Annual administration report of the Bombay Presidency - 1887-1892
Year: 1887
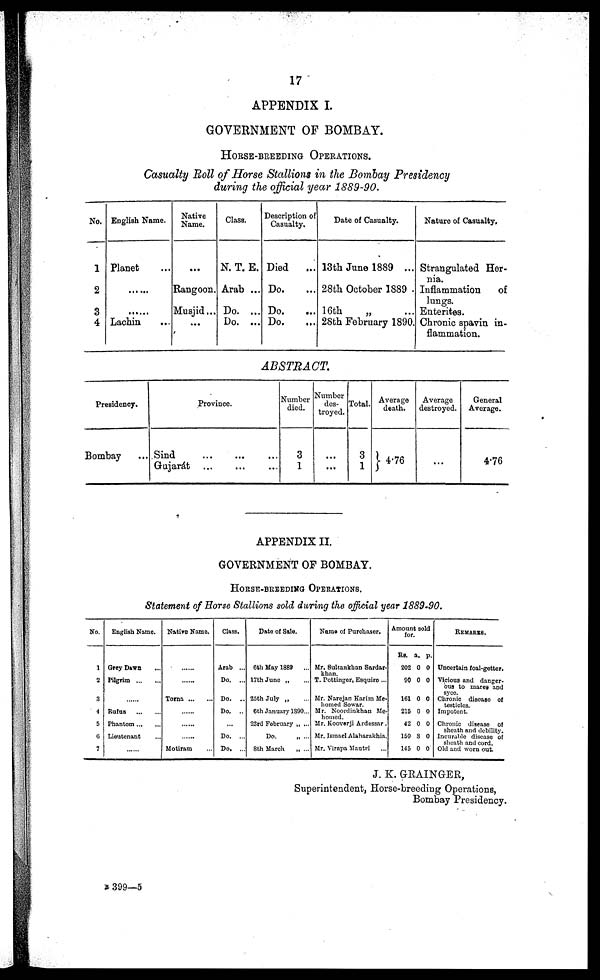
17
APPENDIX I.
GOVERNMENT OF BOMBAY.
HORSE-BREEDING OPERATIONS.
Casualty Roll of Horse Stallions in the Bombay Presidency
during the official year 1889-90.
No.
1
2
3
4
English Name.
Planet ...
... ...
......
Lachin ...
Native
Name.
...
Rangoon.
Musjid...
...
Class.
N. T. E.
Arab ...
Do. ...
Do. ...
Description of
Casualty.
Died ...
Do. ...
Do. ...
Do. ...
Date of Casualty.
13th June 1889 ...
28th October 1889 .
16th
„ ...
28th February 1890.
Nature of Casualty.
Strangulated Her-
nia.
Inflammation of
lungs.
Ententes.
Chronic spavin in-
flammation.
ABSTRACT.
Presidency.
Bombay ...
Province.
Sind
...
...
...
Gujarát ... ... ...
Number
died.
3
1
Number
des-
troyed.
...
...
Total.
3
1
Average
death.
4.76
Average
destroyed.
...
...
General
Average.
4.76
APPENDIX II.
GOVERNMENT OF BOMBAY.
HORSE-BREEDING OPERATIONS.
Statement of Horse Stallions sold during the official year 1889-90.
No.
1
2
3
4
5
6
7
English Name.
Grey Dawn ...
Pilgrim ... ...
......
Rufus ... ...
Phantom...
...
Lieutenant ...
......
Native Name.
......
......
Torna ... ...
......
.......
......
Motiram ...
Class.
Arab ...
Do. ...
Do. ..
Do. ..
...
Do. ...
Do. ...
Date of Sale.
6th May 1889 ...
17th June „ ...
25th July „ ...
6th January 1890...
23rd February „ ...
Do.
„
...
8th March
„ ...
Name of Purchaser.
Mr. Sultankhan Sardar-
T. Pottinger, Esquire ...
Mr. Narejan Karim Me-
homed Sowar.
Mr. Noordinkhan Me-
homed.
Mr. Kooverji Ardessar.
Mr. Ismael Alaharakhia.
Mr. Virapa Mantri ...
Amount sold
for.
Rs.
202
90
161
215
42
150
145
a.
0
0
0
0
0
8
0
p.
0
0
0
0
0
0
0
REMARKS.
Uncertain foal-getter.
Vicious and danger-
ous to mares and
syce.
Chronic disease of
testicles.
Impotent.
Chronic disease of
sheath and debility.
Incurable disease of
sheath and cord.
Old and worn out.
J. K. GRAINGER,
Superintendent, Horse-breeding Operations,
Bombay Presidency.
B 399—5